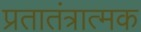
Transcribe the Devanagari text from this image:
प्रतातंत्रात्मक